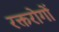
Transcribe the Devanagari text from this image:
रक्तरोगों